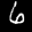
Label: 6